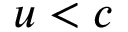
u < c